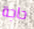
حاجة